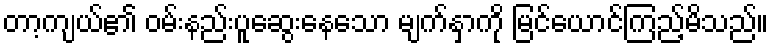
တာ့ကျယ်၏ ဝမ်းနည်းပူဆွေးနေသော မျက်နှာကို မြင်ယောင်ကြည့်မိသည်။